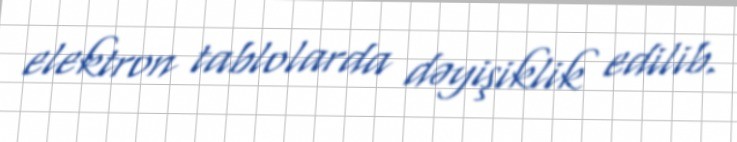
elektron tablolarda dəyişiklik edilib.